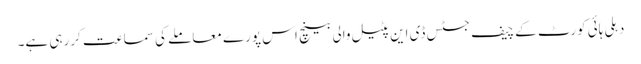
دہلی ہائی کورٹ کے چیف جسٹس ڈی این پٹیل والی بینچ اس پورے معاملے کی سماعت کررہی ہے۔